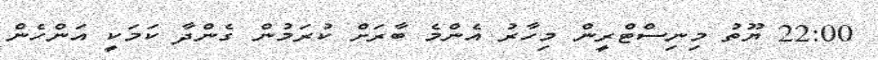
22:00 ޔޫތު މިނިސްޓްރީން މިހާރު އެންމެ ބާރަށް ކުރަމުން ގެންދާ ކަމަކީ އަންހެން